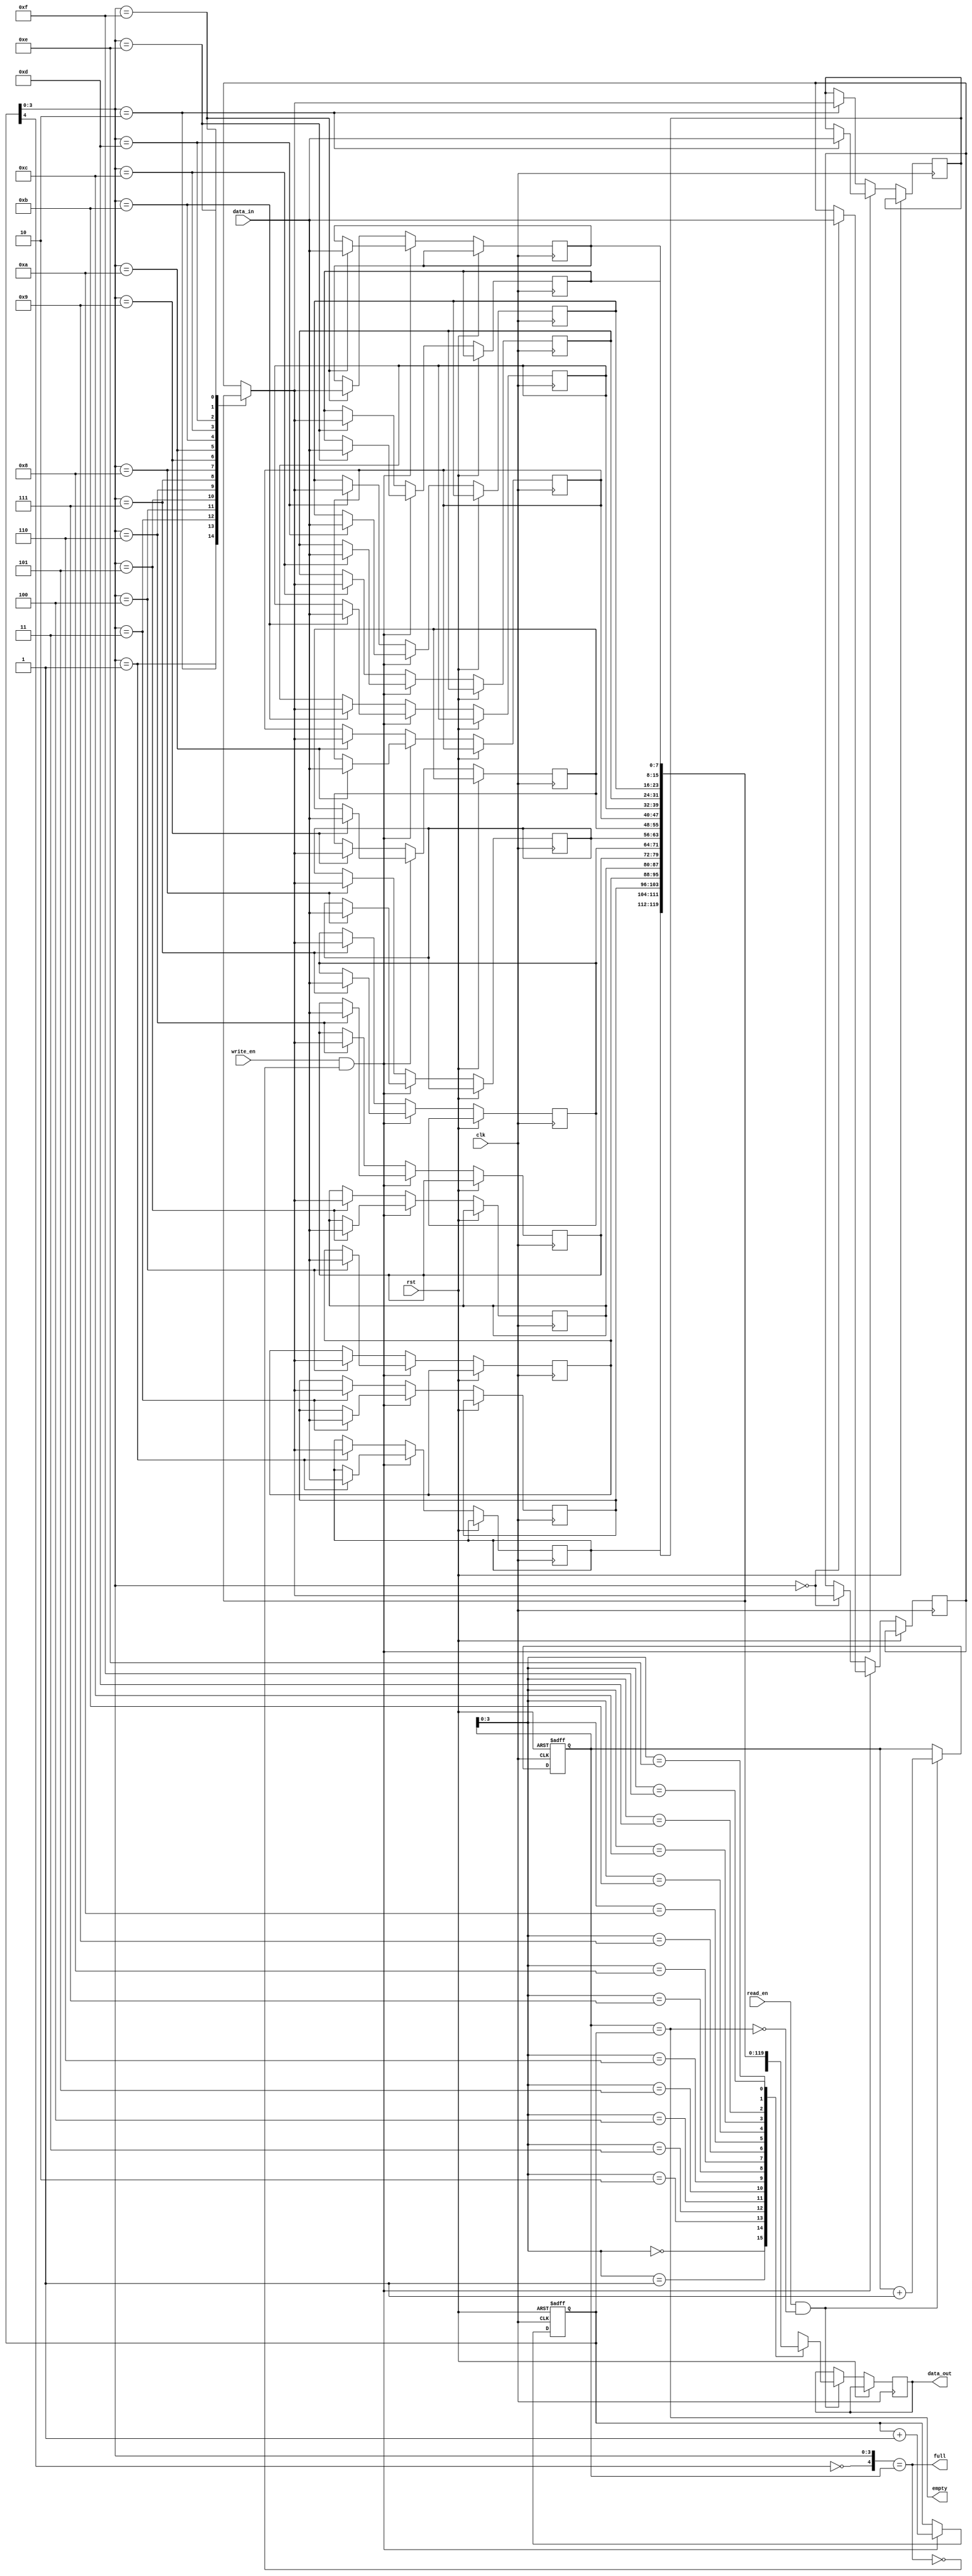
`timescale 1ns/1ps
module Synchronous_FIFO#(parameter bits=8,depth=16)(clk,rst,read_en,write_en,data_out,data_in,full,empty);
	input clk,rst,read_en,write_en;
	input [bits-1:0] data_in;
	output full,empty;
	
	output reg [bits-1:0] data_out;
	
	reg [4:0] read_ptr,write_ptr;
	reg [bits-1:0] register [depth-1:0];                  
	
	always@(posedge clk or posedge rst)
		begin
			if(rst)
					write_ptr<=0;	
					
			else if(write_en && !full)
				begin
					register[write_ptr]<=data_in;
					write_ptr<=write_ptr+1;                 // write value into FIFO
				end
				
			else 
				register[write_ptr]<=register[write_ptr];	
		end		
		
		
	always@(posedge clk or posedge rst)
		begin
			if(rst)
					read_ptr<=0;	
					                                          // read value from FIFO
			else if(read_en && !empty)
				begin
					data_out<= register[read_ptr];
					read_ptr<=read_ptr+1;
				end	
			
			else 
					data_out<=data_out;	
		end			
		
	
	assign full=({~write_ptr[4],write_ptr[3:0]} == read_ptr[4:0]);
	assign empty=(read_ptr[4:0] == write_ptr[4:0]);                           //condition generate
	
endmodule